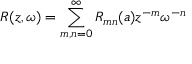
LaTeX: R ( z , \omega ) = \sum _ { m , n = 0 } ^ { \infty } R _ { m n } ( a ) z ^ { - m } \omega ^ { - n }